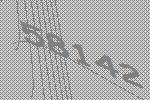
58142